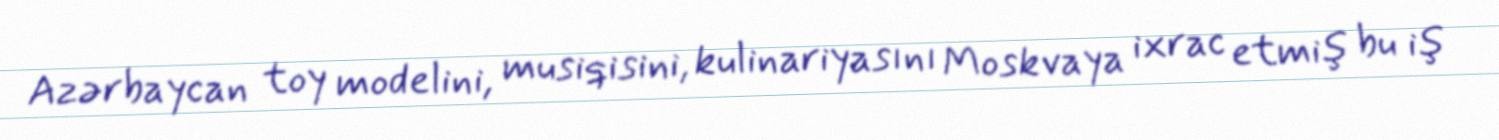
Azərbaycan toy modelini, musiqisini, kulinariyasını Moskvaya ixrac etmiş bu iş